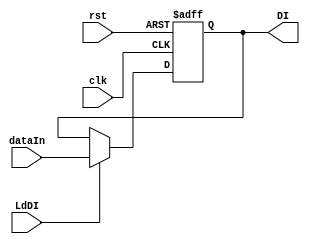
module DI(input clk, rst, input LdDI, input [4:0] dataIn, output reg [4:0] DI);
  always@(posedge clk, posedge rst) begin
    if(rst)
      DI <= 5'b0;
    else 
      if(LdDI)
        DI <= dataIn;
      else
        DI <= DI;
  end
endmodule